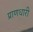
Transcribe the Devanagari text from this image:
प्राणधारी